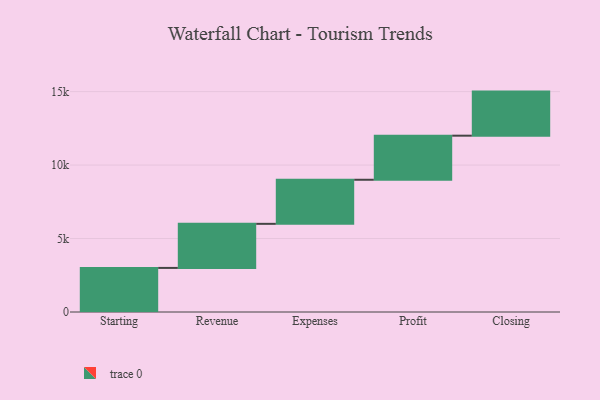
{"axis": {"x": "Step", "y": "Value"}, "legend": [""], "data": [{"x": "Starting", "y": 3000, "type": ""}, {"x": "Revenue", "y": 3000, "type": ""}, {"x": "Expenses", "y": 3000, "type": ""}, {"x": "Profit", "y": 3000, "type": ""}, {"x": "Closing", "y": 3000, "type": ""}]}